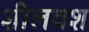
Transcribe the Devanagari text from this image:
शीलवश